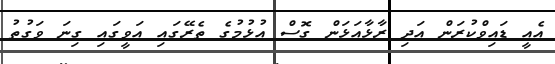
އެއީ ޑައިވްކުރަން އަދި ރާޅާއަޅަން ގޮސް އުޅުމުގެ ތެރޭގައި އަވީގައި ގިނަ ވަގުތު